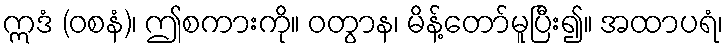
ဣဒံ (ဝစနံ)၊ ဤစကားကို။ ဝတွာန၊ မိန့်တော်မူပြီး၍။ အထာပရံ၊